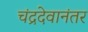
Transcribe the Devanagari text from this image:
चंद्रदेवानंतर